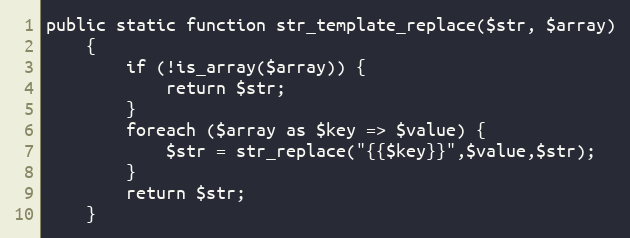
Language: PHP
public static function str_template_replace($str, $array)
    {
        if (!is_array($array)) {
            return $str;
        }
        foreach ($array as $key => $value) {
            $str = str_replace("{{$key}}",$value,$str);
        }
        return $str;
    }